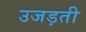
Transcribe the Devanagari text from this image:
उजड़ती